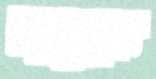
চাবুকে